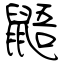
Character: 鼯